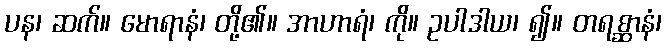
ပန၊ ဆက်။ မောရာနံ၊ တို့၏။ အာဟာရံ၊ ကို။ ဥပါဒါယ၊ ၍။ တရစ္ဆာနံ၊